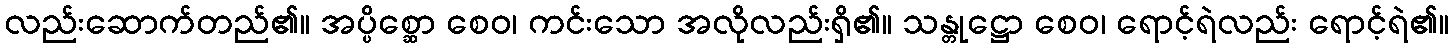
လည်းဆောက်တည်၏။ အပ္ပိစ္ဆော စေဝ၊ ကင်းသော အလိုလည်းရှိ၏။ သန္တုဋ္ဌော စေဝ၊ ရောင့်ရဲလည်း ရောင့်ရဲ၏။